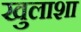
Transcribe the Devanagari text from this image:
खुलाशा